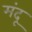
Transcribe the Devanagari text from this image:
मंदू